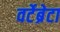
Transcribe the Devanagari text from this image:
वर्टेब्रेटा